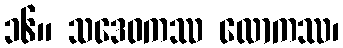
၁၆။ သဒေဝကဿ လောကဿ၊